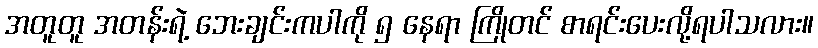
အတူတူ အတန်းရဲ့ ဘေးချင်းကပါကို ၅ နေရာ ကြိုတင် စာရင်းပေးလို့ရပါသလား။